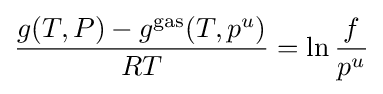
{\frac {g(T,P)-g^{\mathrm {gas} }(T,p^{u})}{RT}}=\ln {\frac {f}{p^{u}}}